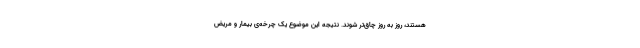
هستند، روز به روز چاق‌تر شوند. نتیجه این موضوع یک چرخه‌ی بیمار و مریض